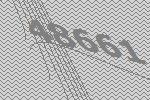
48661